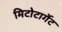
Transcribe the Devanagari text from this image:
मिटोटार्गेट